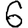
Digit: 6